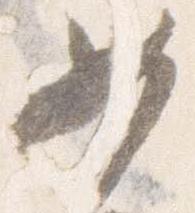
女